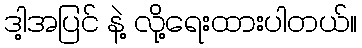
ဒါ့အပြင် နဲ့ လို့ရေးထားပါတယ်။